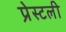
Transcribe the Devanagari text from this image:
प्रेस्टली